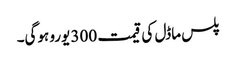
پلس ماڈل کی قیمت 300 یورو ہوگی۔